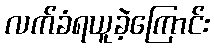
လက်ခံရယူခဲ့ကြောင်း